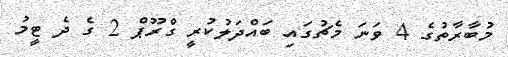
މުބާރާތުގެ 4 ވަނަ މެޗުގައި ބައްދަލުކުރީ ގްރޫޕް 2 ގެ ދެ ޓީމު